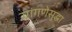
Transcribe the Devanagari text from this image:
सांगणेसुद्धा